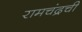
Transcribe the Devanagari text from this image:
रामचंद्रची